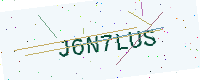
Text: J6N7LUS